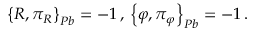
\left\{ R , \pi _ { R } \right\} _ { P b } = - 1 \, , \, \left\{ \varphi , \pi _ { \varphi } \right\} _ { P b } = - 1 \, .